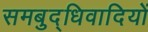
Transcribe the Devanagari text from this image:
समबुद्धिवादियों